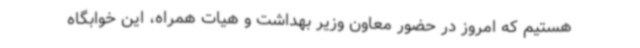
هستیم که امروز در حضور معاون وزیر بهداشت و هیات همراه، این خوابگاه